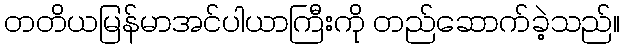
တတိယမြန်မာအင်ပါယာကြီးကို တည်ဆောက်ခဲ့သည်။